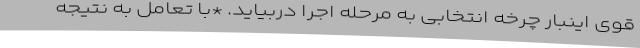
قوی اینبار چرخه انتخابی به مرحله اجرا دربیاید. *با تعامل به نتیجه